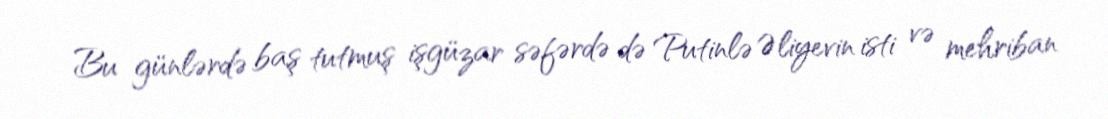
Bu günlərdə baş tutmuş işgüzar səfərdə də Putinlə Əliyevin isti və mehriban